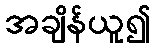
အချိန်ယူ၍